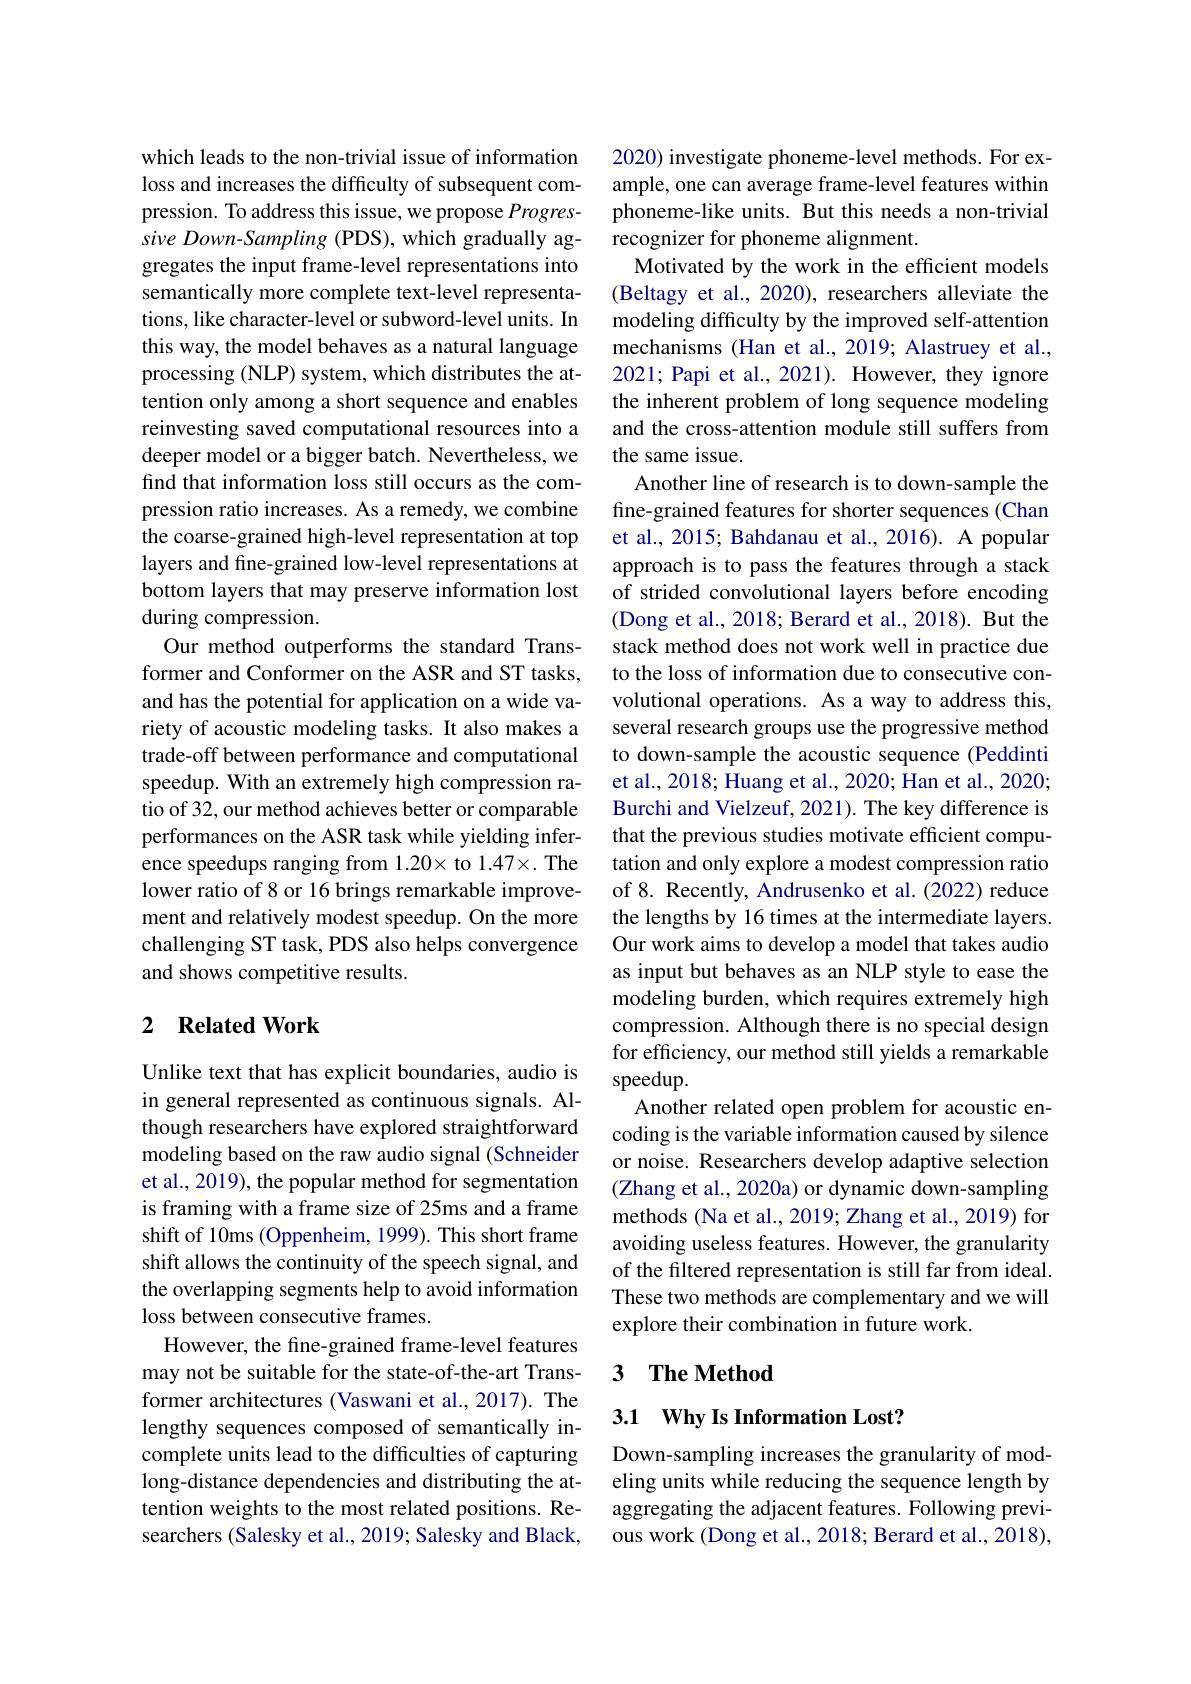
which leads to the non-trivial issue of information loss and increases the difficulty of subsequent compression. To address this issue, we propose Progressive Down- Sampling (PDS), which gradually aggregates the input frame-level representations into semantically more complete text-level representations, like character-level or subword-level units. In this way, the model behaves as a natural language processing (NLP) system, which distributes the attention only among a short sequence and enables reinvesting saved computational resources into a deeper model or a bigger batch. Nevertheless, we find that information loss still occurs as the compression ratio increases. As a remedy, we combine the coarse-grained high-level representation at top layers and fine-grained low-level representations at bottom layers that may preserve information lost during compression.
Our method outperforms the standard Transformer and Conformer on the ASR and ST tasks, and has the potential for application on a wide variety of acoustic modeling tasks. It also makes a trade-off between performance and computational speedup. With an extremely high compression ratio of 32, our method achieves better or comparable performances on the ASR task while yielding inference speedups ranging from 1.20× to 1.47×. The lower ratio of 8 or 16 brings remarkable improvement and relatively modest speedup. On the more challenging ST task, PDS also helps convergence and shows competitive results.

## 2 $\textbf{Related Work}$

Unlike text that has explicit boundaries, audio is in general represented as continuous signals. Although researchers have explored straightforward modeling based on the raw audio signal (Schneider et al., 2019), the popular method for segmentation is framing with a frame size of 25ms and a frame shift of 10ms (Oppenheim, 1999). This short frame shift allows the continuity of the speech signal, and the overlapping segments help to avoid information loss between consecutive frames.
However, the fine-grained frame-level features may not be suitable for the state-of-the-art Transformer architectures (Vaswani et al., 2017). The lengthy sequences composed of semantically incomplete units lead to the difficulties of capturing long-distance dependencies and distributing the attention weights to the most related positions. Researchers (Salesky et al., 2019; Salesky and Black,

2020) investigate phoneme-level methods. For example, one can average frame-level features within phoneme-like units. But this needs a non-trivial recognizer for phoneme alignment.
Motivated by the work in the efficient models (Beltagy et al., 2020), researchers alleviate the modeling difficulty by the improved self-attention mechanisms (Han et al., 2019; Alastruey et al., 2021; Papi et al., 2021). However, they ignore the inherent problem of long sequence modeling and the cross-attention module still suffers from the same issue.
Another line of research is to down-sample the fine-grained features for shorter sequences (Chan et al., 2015; Bahdanau et al., 2016). A popular approach is to pass the features through a stack of strided convolutional layers before encoding (Dong et al., 2018; Berard et al., 2018). But the stack method does not work well in practice due to the loss of information due to consecutive convolutional operations. As a way to address this, several research groups use the progressive method to down-sample the acoustic sequence (Peddinti et al., 2018; Huang et al., 2020; Han et al., 2020; Burchi and Vielzeuf, 2021). The key difference is that the previous studies motivate efficient computation and only explore a modest compression ratio of 8. Recently, Andrusenko et al. (2022) reduce the lengths by 16 times at the intermediate layers. Our work aims to develop a model that takes audio as input but behaves as an NLP style to ease the modeling burden, which requires extremely high compression. Although there is no special design for efficiency, our method still yields a remarkable speedup.
Another related open problem for acoustic encoding is the variable information caused by silence or noise. Researchers develop adaptive selection (Zhang et al., 2020a) or dynamic down-sampling methods (Na et al., 2019; Zhang et al., 2019) for avoiding useless features. However, the granularity of the filtered representation is still far from ideal. These two methods are complementary and we will explore their combination in future work.

### 3 $\textbf{The Method}$

## 3.1 Why Is Information Lost?

Down-sampling increases the granularity of modeling units while reducing the sequence length by aggregating the adjacent features. Following previous work (Dong et al., 2018; Berard et al., 2018),